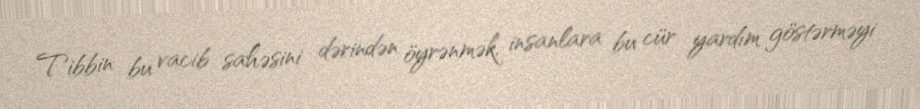
Tibbin bu vacib sahəsini dərindən öyrənmək, insanlara bu cür yardım göstərməyi